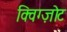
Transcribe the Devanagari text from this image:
क्विग्ज़ोट